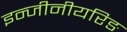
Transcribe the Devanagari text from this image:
इन्जीनीयरिङ